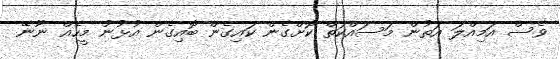
ވެސް އަމިއްލަ އަތުން މަސައްކަތް ކޮށްގެން ކައިގެން ބޮއިގެން އުޅުނު މީހެއް ނޫނޭ